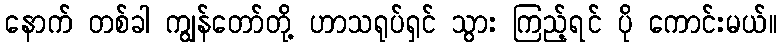
နောက် တစ်ခါ ကျွန်တော်တို့ ဟာသရုပ်ရှင် သွား ကြည့်ရင် ပို ကောင်းမယ်။